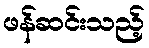
ဖန်ဆင်းသည့်